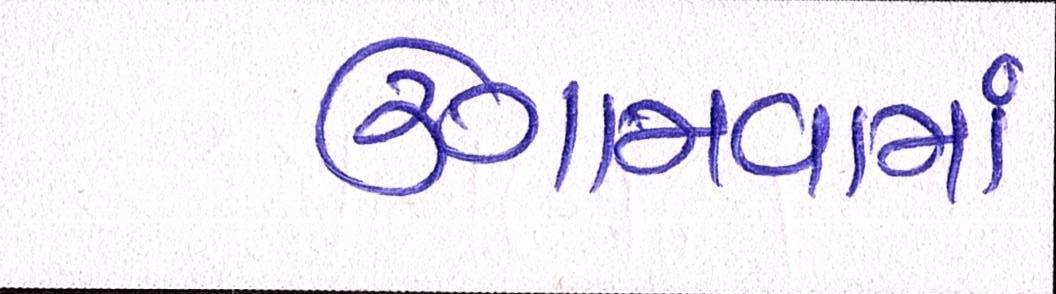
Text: ઉગામવામાં